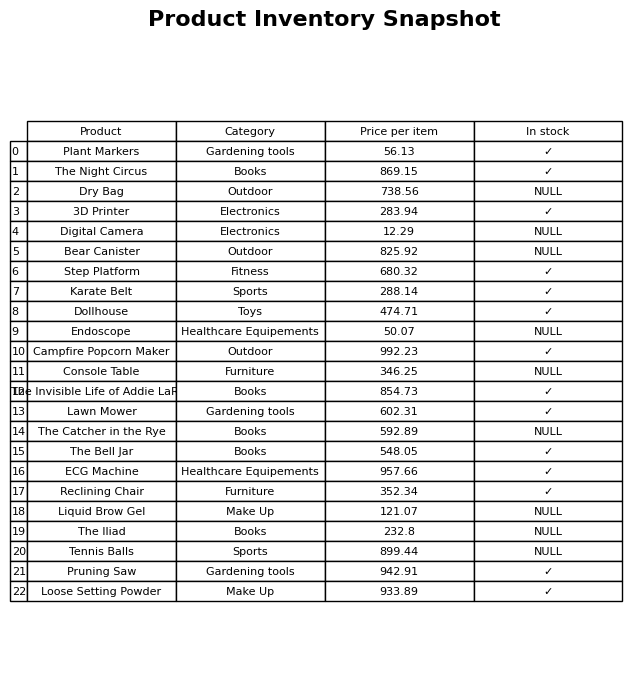
question: Is the Karate Belt in stock?
answer: ✓